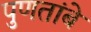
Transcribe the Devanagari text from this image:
पुणतांबे